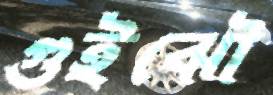
গুইঝৌ